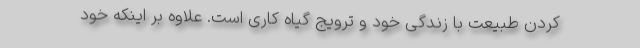
کردن طبیعت با زندگی خود و ترویج گیاه کاری است. علاوه بر اینکه خود